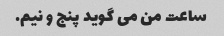
ساعت من می گوید پنج و نیم.